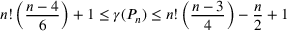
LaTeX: n ! \left( { \frac { n - 4 } { 6 } } \right) + 1 \leq \gamma ( P _ { n } ) \leq n ! \left( { \frac { n - 3 } { 4 } } \right) - { \frac { n } { 2 } } + 1